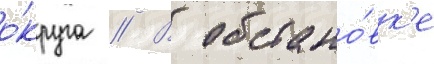
о́круга // В обстано́вк'е